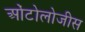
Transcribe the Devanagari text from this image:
ओंटोलोजीस